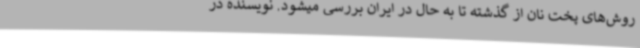
روش‌های پخت نان از گذشته تا به حال در ایران بررسی میشود. نویسنده در